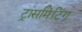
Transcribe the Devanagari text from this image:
ट्रांसमिटिंग